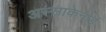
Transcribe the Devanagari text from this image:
अस्साकेनोई